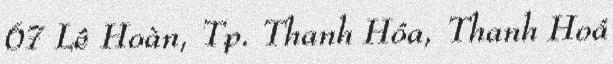
67 Lê Hoàn, Tp. Thanh Hóa, Thanh Hoá